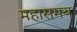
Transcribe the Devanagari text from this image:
महासमय